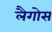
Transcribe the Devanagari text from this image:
लैगोस